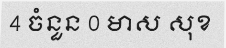
4 ចំនួន 0 មាស សុខ